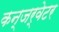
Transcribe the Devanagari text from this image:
कन्जर्वेटर